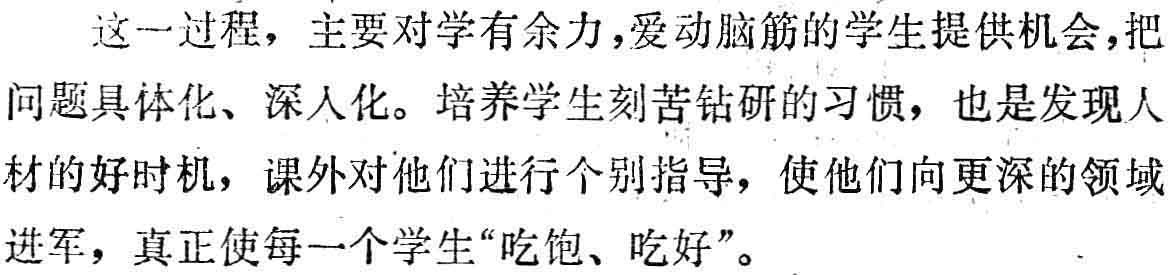
这一过程，主要对学有余力,爱动脑筋的学生提供机会,把问题具体化、深入化。培养学生刻苦钻研的习惯，也是发现人材的好时机，课外对他们进行个别指导，使他们向更深的领域进军，真正使每一个学生“吃饱、吃好”。